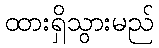
ထားရှိသွားမည်